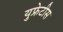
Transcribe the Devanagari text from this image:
युफ्रेटीस